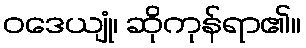
ဝဒေယျုံ၊ ဆိုကုန်ရာ၏။